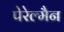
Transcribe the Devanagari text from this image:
पेरेल्मैन